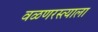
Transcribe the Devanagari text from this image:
वळणरस्त्याला